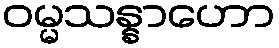
ဝမ္မသန္နာဟော